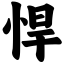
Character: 悍